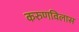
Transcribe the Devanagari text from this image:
करुणविलास